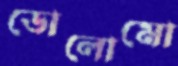
ডোলোমো